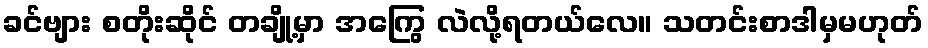
ခင်ဗျား စတိုးဆိုင် တချို့မှာ အကြွေ လဲလို့ရတယ်လေ။ သတင်းစာဒါမှမဟုတ်